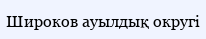
Широков ауылдық округі